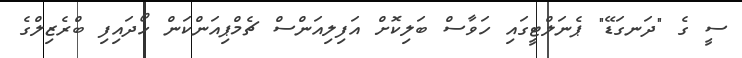
ސީ ގެ "ދަނގަޑޭ" ޕެނަލްޓީގައި ހަވާސް ބަލިކޮށް އަފިލިއަންސް ޗެމްޕިއަންކަން ހޯދައިފި ބްރެޒިލްގެ